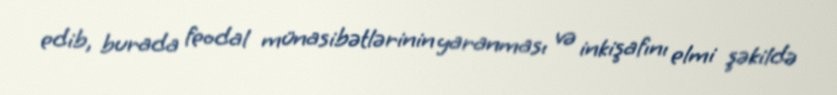
edib, burada feodal münasibətlərinin yaranması və inkişafını elmi şəkildə